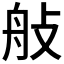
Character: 𦨗